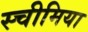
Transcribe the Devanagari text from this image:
स्चीमिया